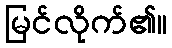
မြင်လိုက်၏။